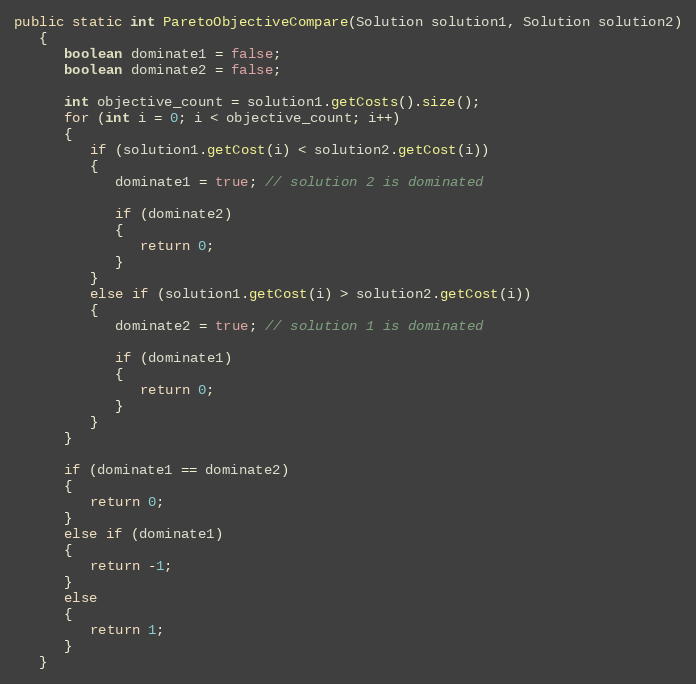
Language: Java
public static int ParetoObjectiveCompare(Solution solution1, Solution solution2)
   {
      boolean dominate1 = false;
      boolean dominate2 = false;

      int objective_count = solution1.getCosts().size();
      for (int i = 0; i < objective_count; i++)
      {
         if (solution1.getCost(i) < solution2.getCost(i))
         {
            dominate1 = true; // solution 2 is dominated

            if (dominate2)
            {
               return 0;
            }
         }
         else if (solution1.getCost(i) > solution2.getCost(i))
         {
            dominate2 = true; // solution 1 is dominated

            if (dominate1)
            {
               return 0;
            }
         }
      }

      if (dominate1 == dominate2)
      {
         return 0;
      }
      else if (dominate1)
      {
         return -1;
      }
      else
      {
         return 1;
      }
   }